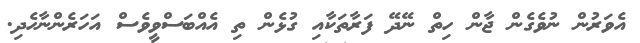
އެވަރުން ނުވެގެން ޖާން ހިތް ނޭދޭ ފަރާތަކާއި ގުޅެން ތި އެއްބަސްވީވެސް އަހަރެންނާހެދި.